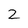
Character: 2